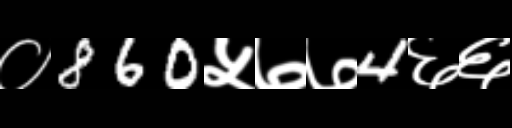
Text: ०860५७७4६६